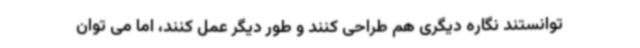
توانستند نگاره دیگری هم طراحی کنند و طور دیگر عمل کنند، اما می توان